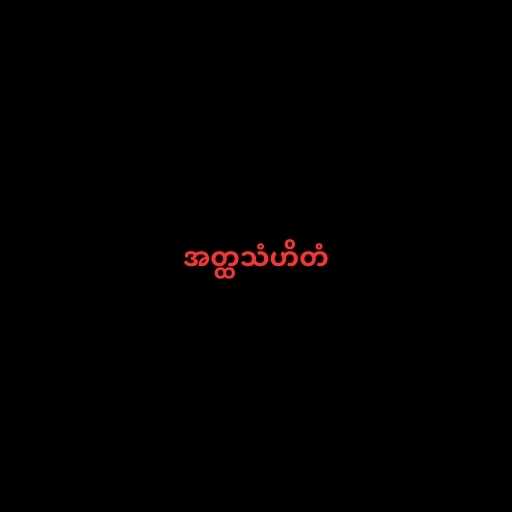
အတ္ထသံဟိတံ